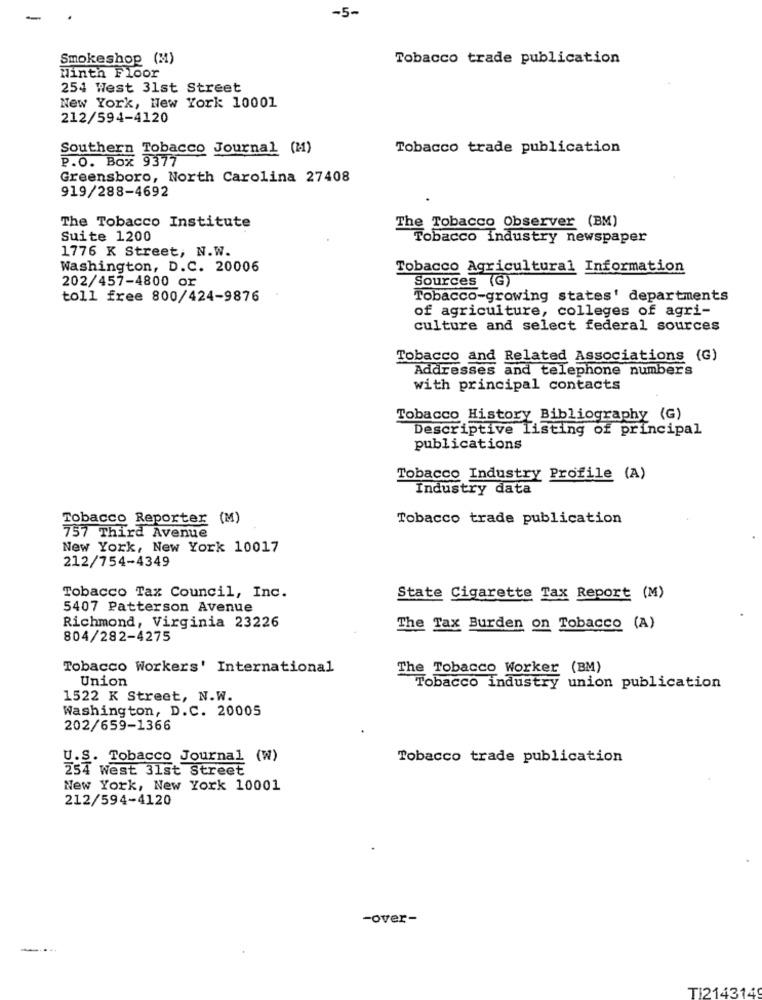
-5-
Smokeshop (M)
Tobacco trade publication
Ninth Floor
254 West 31st Street
New York, New York 10001
212/594-4120
Southern Tobacco Journal (M)
Tobacco trade publication
P.O. Box 9377
Greensboro, North Carolina 27408
919/288-4692
The Tobacco Observer (BM)
The Tobacco Institute
Suite 1200
Tobacco industry newspaper
1776 K Street, N.W.
Washington, D.C. 20006
Tobacco Agricultural Information
202/457-4800 or
Sources (G)
toll free 800/424-9876
Tobacco-growing states' departments
of agriculture, colleges of agri-
culture and select federal sources
Tobacco and Related Associations (G)
Addresses and telephone numbers
with principal contacts
Tobacco History Bibliography (G)
Descriptive listing of principal
publications
Tobacco Industry Profile (A)
Industry data
Tobacco Reporter (M)
Tobacco trade publication
757 Third Avenue
New York, New York 10017
212/754-4349
Tobacco Tax Council, Inc.
State Cigarette Tax Report (M)
5407 Patterson Avenue
Richmond, Virginia 23226
The Tax Burden on Tobacco (A)
804/282-4275
Tobacco Workers' International
The Tobacco Worker (BM)
Union
Tobacco industry union publication
1522 K Street, N.W.
Washington, D.C. 20005
202/659-1366
U.S. Tobacco Journal (W)
Tobacco trade publication
254 West 31st Street
New York, New York 10001
212/594-4120
-over-
....
TI2143149